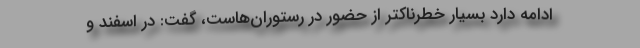
ادامه دارد بسیار خطرناکتر از حضور در رستوران‌هاست، گفت: در اسفند و